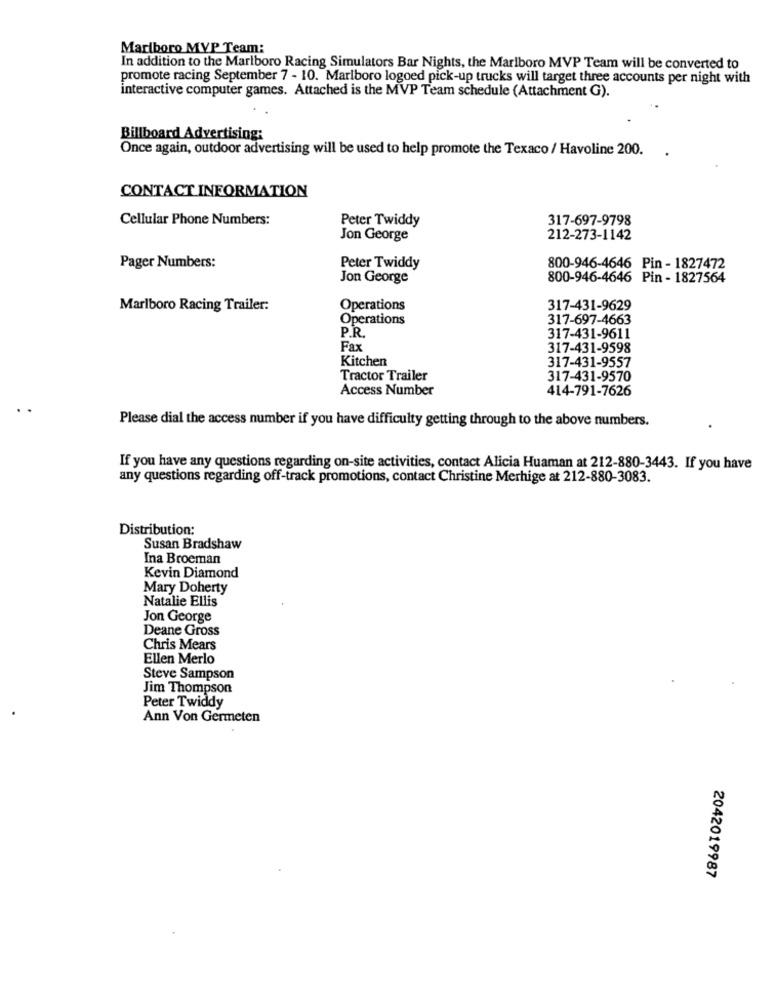
Marlboro MVP Team:
In addition to the Marlboro Racing Simulators Bar Nights, the Marlboro MVP Team will be converted to
promote racing September 7 - 10. Marlboro logoed pick-up trucks will target three accounts per night with
interactive computer games. Attached is the MVP Team schedule (Attachment G).
Billboard Advertising:
Once again, outdoor advertising will be used to help promote the Texaco / Havoline 200.
CONTACT INFORMATION
Cellular Phone Numbers:
Peter Twiddy
317-697-9798
Jon George
212-273-1142
Pager Numbers:
Peter Twiddy
800-946-4646 Pin - 1827472
Jon George
800-946-4646 Pin - 1827564
Marlboro Racing Trailer:
Operations
317-431-9629
Operations
317-697-4663
P.R.
317-431-9611
Fax
317-431-9598
Kitchen
317-431-9557
Tractor Trailer
317-431-9570
Access Number
414-791-7626
Please dial the access number if you have difficulty getting through to the above numbers.
.
If you have any questions regarding on-site activities, contact Alicia Huaman at 212-880-3443. If you have
any questions regarding off-track promotions, contact Christine Merhige at 212-880-3083.
Distribution:
Susan Bradshaw
Ina Broeman
Kevin Diamond
Mary Doherty
Natalie Ellis
Jon George
Deane Gross
Chris Mears
Ellen Merlo
Steve Sampson
Jim Thompson
Peter Twiddy
Ann Von Germeten
2042019987